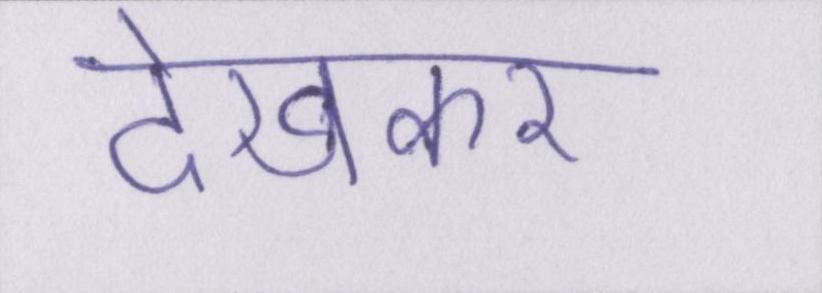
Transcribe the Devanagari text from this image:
देखकर